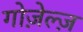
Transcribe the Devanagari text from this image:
गोज़ेल्ज़